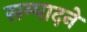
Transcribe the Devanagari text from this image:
सम्पादनें